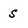
Character: s